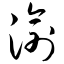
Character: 渝